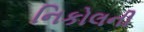
નિકોલની